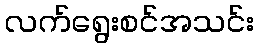
လက်ရွေးစင်အသင်း